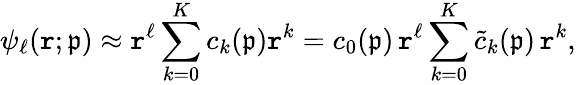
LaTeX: \psi_{\ell}(\mathtt{r};\mathfrak{{p}})\approx\mathtt{r}^{\ell}\sum_{k=0}^{K}c_{k}(\mathfrak{{p}})\mathtt{r}^{k}=c_{0}(\mathfrak{{p}})\, \mathtt{r}^{\ell}\sum_{k=0}^{K}\widetilde{{c}}_{k}(\mathfrak{{p}})\, \mathtt{r}^{k},